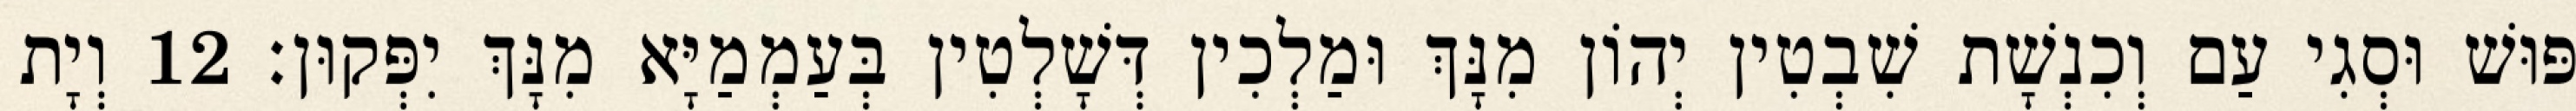
פּוּשׁ וּסְגִי עַם וְכִנְשָׁת שִׁבְטִין יְהוֹן מִנָּךְ וּמַלְכִין דְּשָׁלְטִין בְּעַמְמַיָּא מִנָּךְ יִפְּקוּן׃ 12 וְיָת